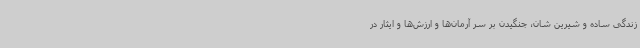
زندگی ساده و شیرین شان، جنگیدن بر سر آرمان‌ها و ارزش‌ها و ایثار در